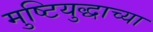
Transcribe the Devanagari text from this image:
मुष्टियुद्धाच्या